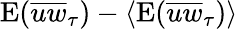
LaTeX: \mathrm{E}(\overline{{uw}}_{\tau})-\langle\mathrm{E}(\overline{{uw}}_{\tau})\rangle